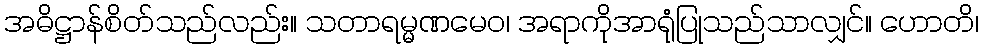
အဓိဋ္ဌာန်စိတ်သည်လည်း။ သတာရမ္မဏမေဝ၊ အရာကိုအာရုံပြုသည်သာလျှင်။ ဟောတိ၊